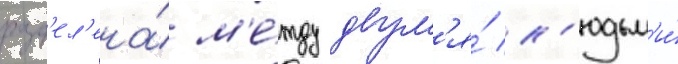
разд'ел'ена́ м'е́жду двум'я́ л'юдьм'и́